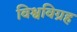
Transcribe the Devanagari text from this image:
विश्वविग्रह